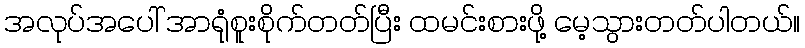
အလုပ်အပေါ် အာရုံစူးစိုက်တတ်ပြီး ထမင်းစားဖို့ မေ့သွားတတ်ပါတယ်။